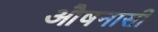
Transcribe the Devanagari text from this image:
औषनासी